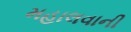
મહાલવાની